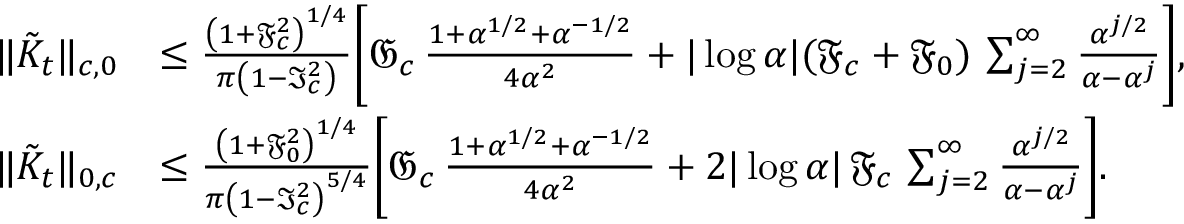
\begin{array} { r l } { \| \tilde { K } _ { t } \| _ { c , 0 } } & { \leq \frac { \left( 1 + \mathfrak { F } _ { c } ^ { 2 } \right) ^ { 1 / 4 } } { \pi \left( 1 - \mathfrak { I } _ { c } ^ { 2 } \right) } \Bigg [ \mathfrak { G } _ { c } \, \frac { 1 + \alpha ^ { 1 / 2 } + \alpha ^ { - 1 / 2 } } { 4 \alpha ^ { 2 } } + | \log \alpha | ( \mathfrak { F } _ { c } + \mathfrak { F } _ { 0 } ) \, \sum _ { j = 2 } ^ { \infty } \frac { \alpha ^ { j / 2 } } { \alpha - \alpha ^ { j } } \Bigg ] , } \\ { \| \tilde { K } _ { t } \| _ { 0 , c } } & { \leq \frac { \left( 1 + \mathfrak { F } _ { 0 } ^ { 2 } \right) ^ { 1 / 4 } } { \pi \left( 1 - \mathfrak { I } _ { c } ^ { 2 } \right) ^ { 5 / 4 } } \Bigg [ \mathfrak { G } _ { c } \, \frac { 1 + \alpha ^ { 1 / 2 } + \alpha ^ { - 1 / 2 } } { 4 \alpha ^ { 2 } } + 2 | \log \alpha | \, \mathfrak { F } _ { c } \, \sum _ { j = 2 } ^ { \infty } \frac { \alpha ^ { j / 2 } } { \alpha - \alpha ^ { j } } \Bigg ] . } \end{array}